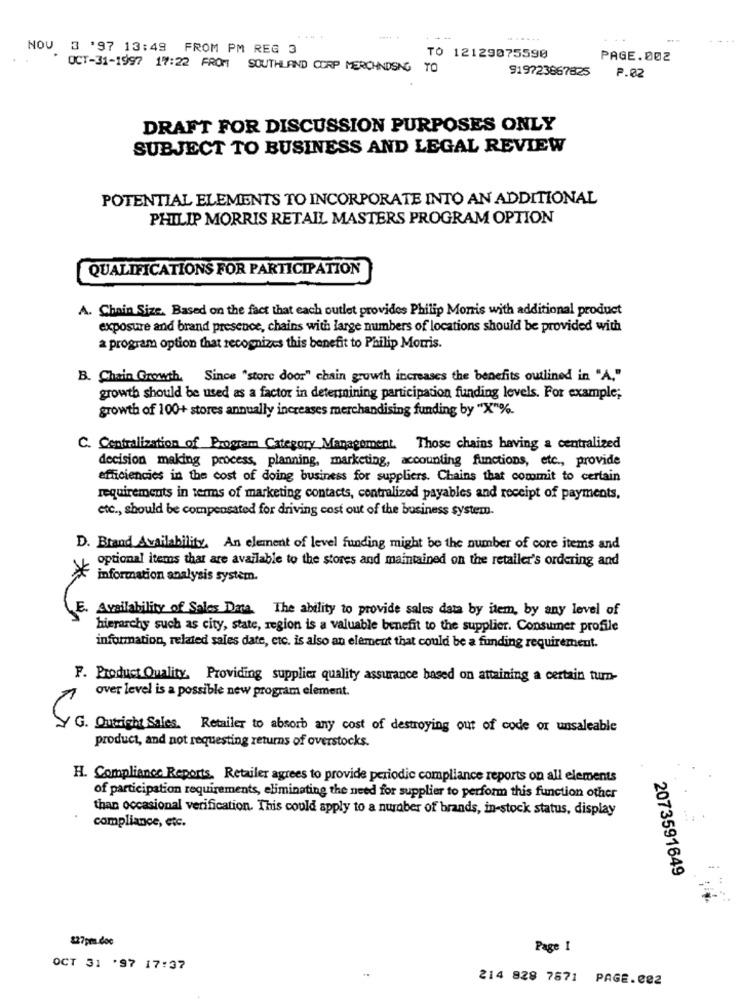
.....
. .....
NOV 3 '97 13:49 FROM PM REG 3
TO 12129075590
PAGE.002
OCT-31-1997 17:22 FROM SOUTHLAND CORP MERCHANDISING TO
919723867825
P.02
DRAFT FOR DISCUSSION PURPOSES ONLY
SUBJECT TO BUSINESS AND LEGAL REVIEW
POTENTIAL ELEMENTS TO INCORPORATE INTO AN ADDITIONAL
PHILIP MORRIS RETAIL MASTERS PROGRAM OPTION
QUALIFICATIONS FOR PARTICIPATION
A. Chain Size. Based on the fact that each outlet provides Philip Morris with additional product
exposure and brand presence, chains with large mumbers of locations should be provided with
a program option that recognizes this benefit to Philip Morris.
B. Chain Growth. Since "store door" chain growth increases the benefits outlined in "A,"
growth should be used as a factor in determining participation funding levels. For example;
growth of 100+ stores annually increases merchandising funding by "X"%.
C. Centralization of Program Category Management. Those chains having a centralized
decision making process, planning, marketing, accounting functions, etc ., provide
efficiencies in the cost of doing business for suppliers. Chains that commit to certain
requirements in terms of marketing contacts, contralized payables and receipt of payments.
etc ., should be compensated for driving cost out of the business system.
D. Brand Availability, An element of level funding might be the number of core items and
optional items that are available to the stores and maintained on the retailer's ordering and
*
information analysis system.
E. Availability of Sales Data. The ability to provide sales data by item, by any level of
hierarchy such as city, state, region is a valuable benefit to the supplier. Consumer profile
information, related sales date, etc. is also an element that could be a funding requirement.
F. Product Quality, Providing supplier quality assurance based on attaining a certain turn-
over level is a possible new program element.
G. Outright Sales. Retailer to absorb any cost of destroying out of code or unsaleable
product, and not requesting returns of overstocks.
H. Compliance Reports, Retailer agrees to provide periodic compliance reports on all elements
of participation requirements, eliminating the need for supplier to perform this function other
than occasional verification. This could apply to a number of brands, in-stock status, display
compliance, etc.
2073591649
827pm.doc
Page I
OCT 31 '97 17:37
214 828 7671 PAGE.082